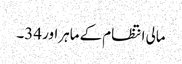
مالی انتظام کے ماہراور 34۔